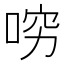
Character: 𠴛